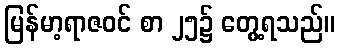
မြန်မာ့ရာဇဝင် စာ ၂၅၌ တွေ့ရသည်။